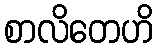
စာလိတေဟိ